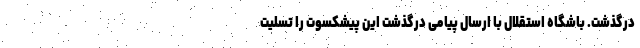
درگذشت. باشگاه استقلال با ارسال پیامی درگذشت این پیشکسوت را تسلیت